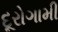
દૂરોગામી